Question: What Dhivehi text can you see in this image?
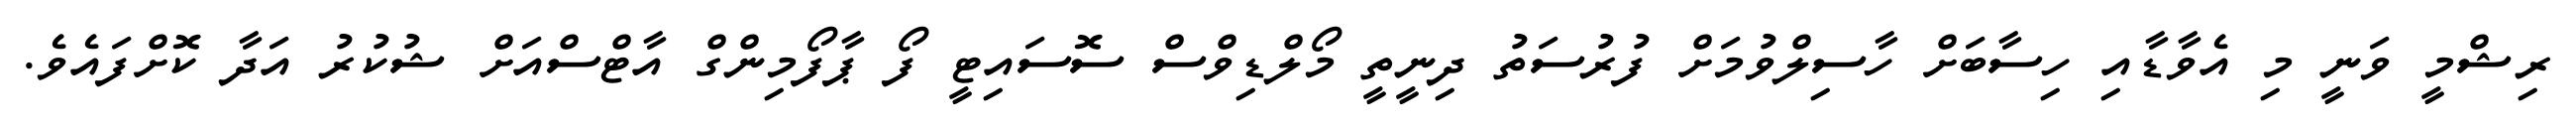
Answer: ރިޝްމީ ވަނީ މި އެވާޑާއި ހިސާބަށް ހާސިލްވުމަށް ފުރުސަތު ދިނީތީ މޯލްޑިވްސް ސޮސައިޓީ ފޯ ޕާފޯމިންގް އާޓްސްއަށް ޝުކުރު އަދާ ކޮށްފައެވެ.